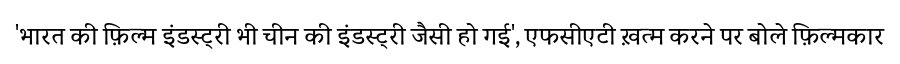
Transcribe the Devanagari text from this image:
'भारत की फ़िल्म इंडस्ट्री भी चीन की इंडस्ट्री जैसी हो गई', एफसीएटी ख़त्म करने पर बोले फ़िल्मकार